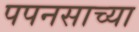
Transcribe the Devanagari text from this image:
पपनसाच्या